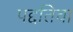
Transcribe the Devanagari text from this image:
पद्दतिचा